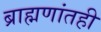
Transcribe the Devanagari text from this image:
ब्राह्मणांतही